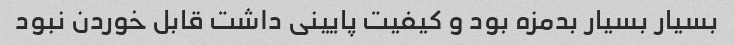
بسیار بسیار بدمزه بود و کیفیت پایینی داشت قابل خوردن نبود